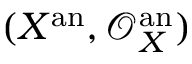
( X ^ { \mathrm { a n } } , { \mathcal { O } } _ { X } ^ { \mathrm { a n } } )